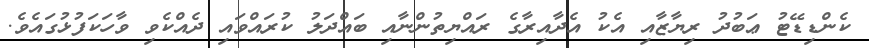
ކެންޑިޑޭޓު ޢަބުދު ރިޔާޒާއި އެކު އެދާއިރާގެ ރައްޔިތުންނާއި ބައްދަލު ކުރައްވައި ދެއްކެވި ވާހަކަފުޅުގައެވެ.